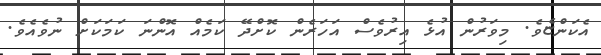
އެކަންޏެވެ. މިވަރުން އުޅެ އިރުވެސް އަހަރެން ކޮށްދޭ ކަމެއް އޮންނަ ކަމަކަށް ނުވެއެވެ.